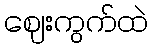
ဈေးကွက်ထဲ